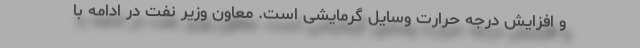
و افزایش درجه حرارت وسایل گرمایشی است. معاون وزیر نفت در ادامه با